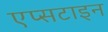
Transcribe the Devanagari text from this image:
एप्सटाइन